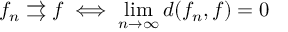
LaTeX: f _ { n } \rightrightarrows f \iff \operatorname* { l i m } _ { n \to \infty } d ( f _ { n } , f ) = 0